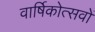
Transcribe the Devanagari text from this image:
वार्षिकोत्सवों